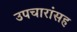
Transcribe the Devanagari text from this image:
उपचारांसह